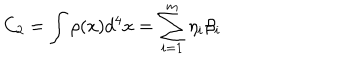
C _ { 2 } = \int \rho ( x ) d ^ { 4 } x = \sum _ { i = 1 } ^ { m } \eta _ { i } \beta _ { i }